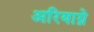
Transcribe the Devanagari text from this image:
अरियाग्ने